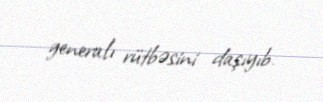
generalı rütbəsini daşıyıb.